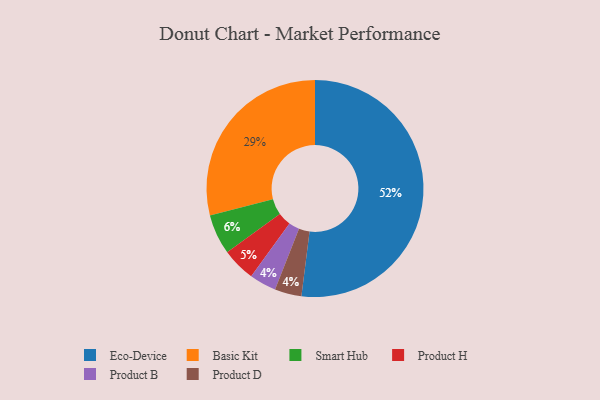
{"axis": {"x": "Category", "y": "Percentage"}, "legend": ["Basic Kit", "Eco-Device", "Product B", "Product D", "Product H", "Smart Hub"], "data": [{"x": "Product B", "y": 4, "type": "Product B"}, {"x": "Smart Hub", "y": 6, "type": "Smart Hub"}, {"x": "Basic Kit", "y": 29, "type": "Basic Kit"}, {"x": "Product H", "y": 5, "type": "Product H"}, {"x": "Eco-Device", "y": 52, "type": "Eco-Device"}, {"x": "Product D", "y": 4, "type": "Product D"}]}